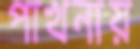
পাখনায়